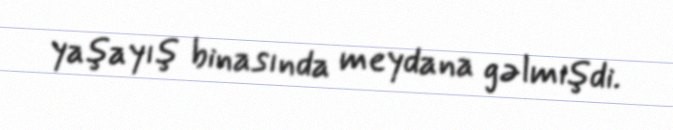
yaşayış binasında meydana gəlmişdi.